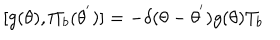
[ g ( \theta ) , { \Pi } _ { b } ( { \theta } ^ { ' } ) ] = - { \delta } ( { \theta } - { \theta } ^ { ' } ) g ( \theta ) T _ { b }